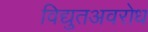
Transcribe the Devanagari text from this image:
विद्युतअवरोध